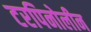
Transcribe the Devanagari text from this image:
टरपिनोलीन